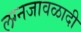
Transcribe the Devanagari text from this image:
लग्नजावळादी